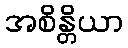
အစိန္တိယာ